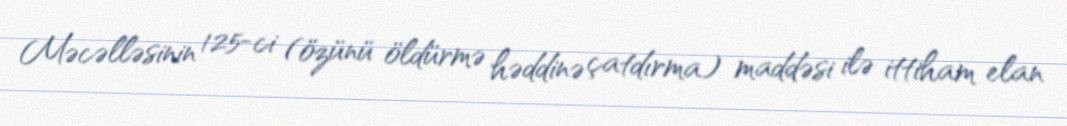
Məcəlləsinin 125-ci (özünü öldürmə həddinə çatdırma) maddəsi ilə ittiham elan